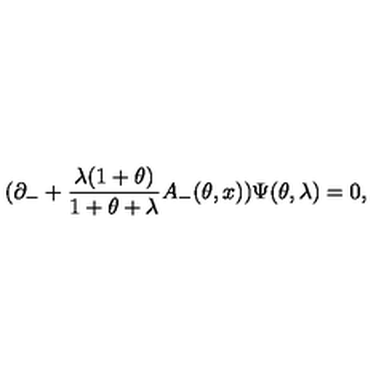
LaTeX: ( \partial _ { - } + \frac { \lambda ( 1 + \theta ) } { 1 + \theta + \lambda } A _ { - } ( \theta , x ) ) \Psi ( \theta , \lambda ) = 0 ,